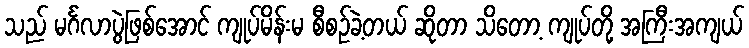
သည် မင်္ဂလာပွဲဖြစ်အောင် ကျုပ်မိန်းမ စီစဉ်ခဲ့တယ် ဆိုတာ သိတော့ ကျုပ်တို့ အကြီးအကျယ်